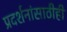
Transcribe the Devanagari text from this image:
प्रदर्शनांसाठीही